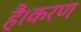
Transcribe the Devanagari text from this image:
हैं।करण